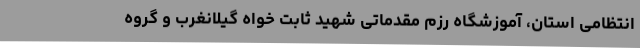
انتظامی استان، آموزشگاه رزم مقدماتی شهید ثابت خواه گیلانغرب و گروه